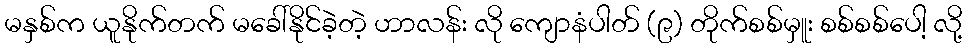
မနှစ်က ယူနိုက်တက် မခေါ်နိုင်ခဲ့တဲ့ ဟာလန်း လို ကျောနံပါတ် (၉) တိုက်စစ်မှူး စစ်စစ်ပေါ့ လို့